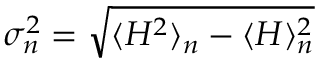
\sigma _ { n } ^ { 2 } = \sqrt { \langle H ^ { 2 } \rangle _ { n } - \langle H \rangle _ { n } ^ { 2 } }